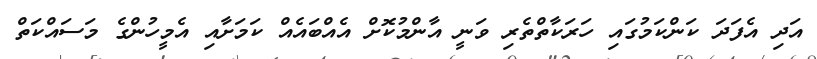
އަދި އެފަދަ ކަންކަމުގައި ހަރަކާތްތެރި ވަނީ އާންމުކޮށް އެއްބައެއް ކަމަށާއި އެމީހުންގެ މަސައްކަތް